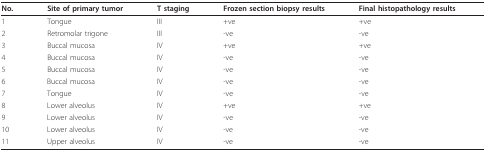
| No. | Site of primary tumor | T staging | Frozen section biopsy results | Final histopathology results |
 | --- | --- | --- | --- | --- |
 | 1 | Tongue | III | +ve | +ve |
 | 2 | Retromolar trigone | III | -ve | -ve |
 | 3 | Buccal mucosa | IV | +ve | +ve |
 | 4 | Buccal mucosa | IV | -ve | -ve |
 | 5 | Buccal mucosa | IV | -ve | -ve |
 | 6 | Buccal mucosa | IV | -ve | -ve |
 | 7 | Tongue | IV | -ve | -ve |
 | 8 | Lower alveolus | IV | +ve | +ve |
 | 9 | Lower alveolus | IV | -ve | -ve |
 | 10 | Lower alveolus | IV | -ve | -ve |
 | 11 | Upper alveolus | IV | -ve | -ve |